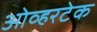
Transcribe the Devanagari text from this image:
ओव्हरटेक